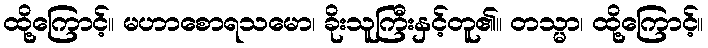
ထို့ကြောင့်။ မဟာစောရသမော၊ ခိုးသူကြီးနှင့်တူ၏။ တသ္မာ၊ ထို့ကြောင့်။